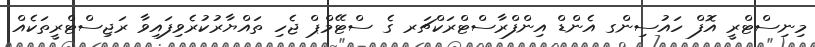
މިނިސްޓްރީ އޮފް ހައުސިންގ އެންޑް އިންފްރާސްޓްރަކްޗަރ ގެ ސްޓޭމްޕް ޖެހި ތައްޔާރުކުރެވިފައިވާ ރަޖިސްޓްރީތަކެއް